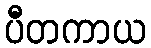
ပီတကာယ